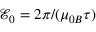
{ \mathcal { E } _ { 0 } } = 2 \pi / ( { { \mu } _ { 0 B } } { { \tau } } )